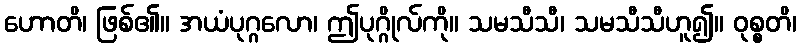
ဟောတိ၊ ဖြစ်၏။ အယံပုဂ္ဂလော၊ ဤပုဂ္ဂိုလ်ကို။ သမသီသီ၊ သမသီသီဟူ၍။ ဝုစ္စတိ၊